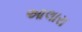
આલારા